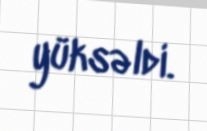
yüksəldi.